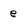
Character: e